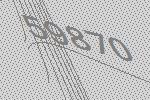
59870